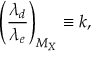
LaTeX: \left( \frac { \lambda _ { d } } { \lambda _ { e } } \right) _ { M _ { X } } \equiv k ,